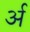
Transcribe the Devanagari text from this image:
र्अ